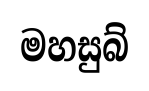
මහසුබ්